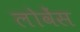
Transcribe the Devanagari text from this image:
लोवेंस